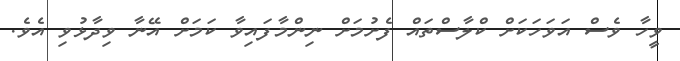
ވީހާ ވެސް އަވަހަކަށް ކްލާސްތައް ފެށުމަށް ނިންމާފައިވާ ކަމަށް އޭނާ ވިދާޅުވި އެވެ.